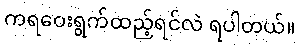
ကရဝေးရွက်ထည့်ရင်လဲ ရပါတယ်။